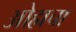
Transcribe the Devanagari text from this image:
ओह्मचा